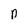
Character: p